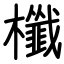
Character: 櫼